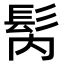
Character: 𩬀